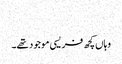
‏
وہاں کچھ فریسی موجود تھے۔